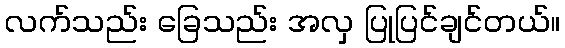
လက်သည်း ခြေသည်း အလှ ပြုပြင်ချင်တယ်။